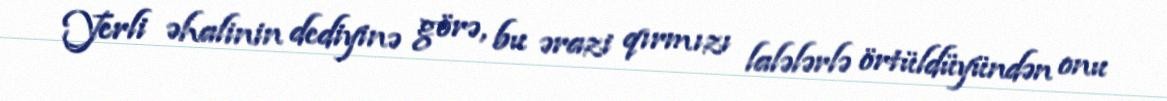
Yerli əhalinin dediyinə görə, bu ərazi qırmızı lalələrlə örtüldüyündən onu